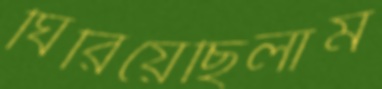
ঘিরিয়েছিলাম